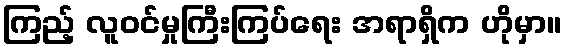
ကြည့် လူဝင်မှုကြီးကြပ်ရေး အရာရှိက ဟိုမှာ။